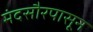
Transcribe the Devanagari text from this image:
मंदसौरपासून